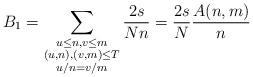
LaTeX: \begin{align*}B_1 = \sum_{ \substack{u \le n, v\le m \\ (u,n), (v,m) \le T \\ u/n = v/m}} \frac {2s}{Nn} = \frac{2s}N \frac{A(n,m)}n\end{align*}